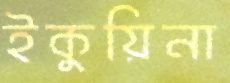
ইকুয়িনা